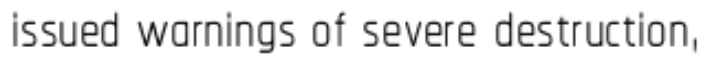
issued warnings of severe destruction,